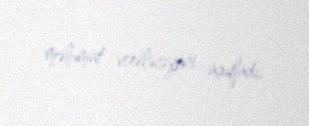
məlumat veriləcəyini açıqladı.